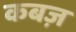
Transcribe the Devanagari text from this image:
कबज़